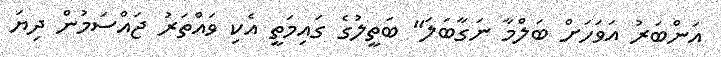
އަންބަރު އަވަހަށް ބަލްމާ ނަގާބަލަ" ބަތީލުގެ ގައިމަތީ އެކި ވައްތަރު ޖައްސަމުން ދިޔަ